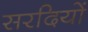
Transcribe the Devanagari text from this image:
सरदियों